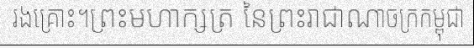
រងគ្រោះ។ព្រះមហាក្សត្រ នៃព្រះរាជាណាចក្រកម្ពុជា